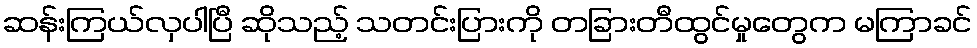
ဆန်းကြယ်လှပါပြီ ဆိုသည့် သတင်းပြားကို တခြားတီထွင်မှုတွေက မကြာခင်